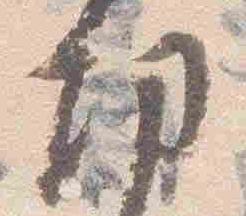
功